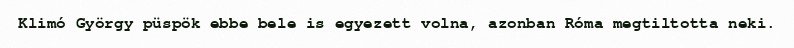
Klimó György püspök ebbe bele is egyezett volna, azonban Róma megtiltotta neki.